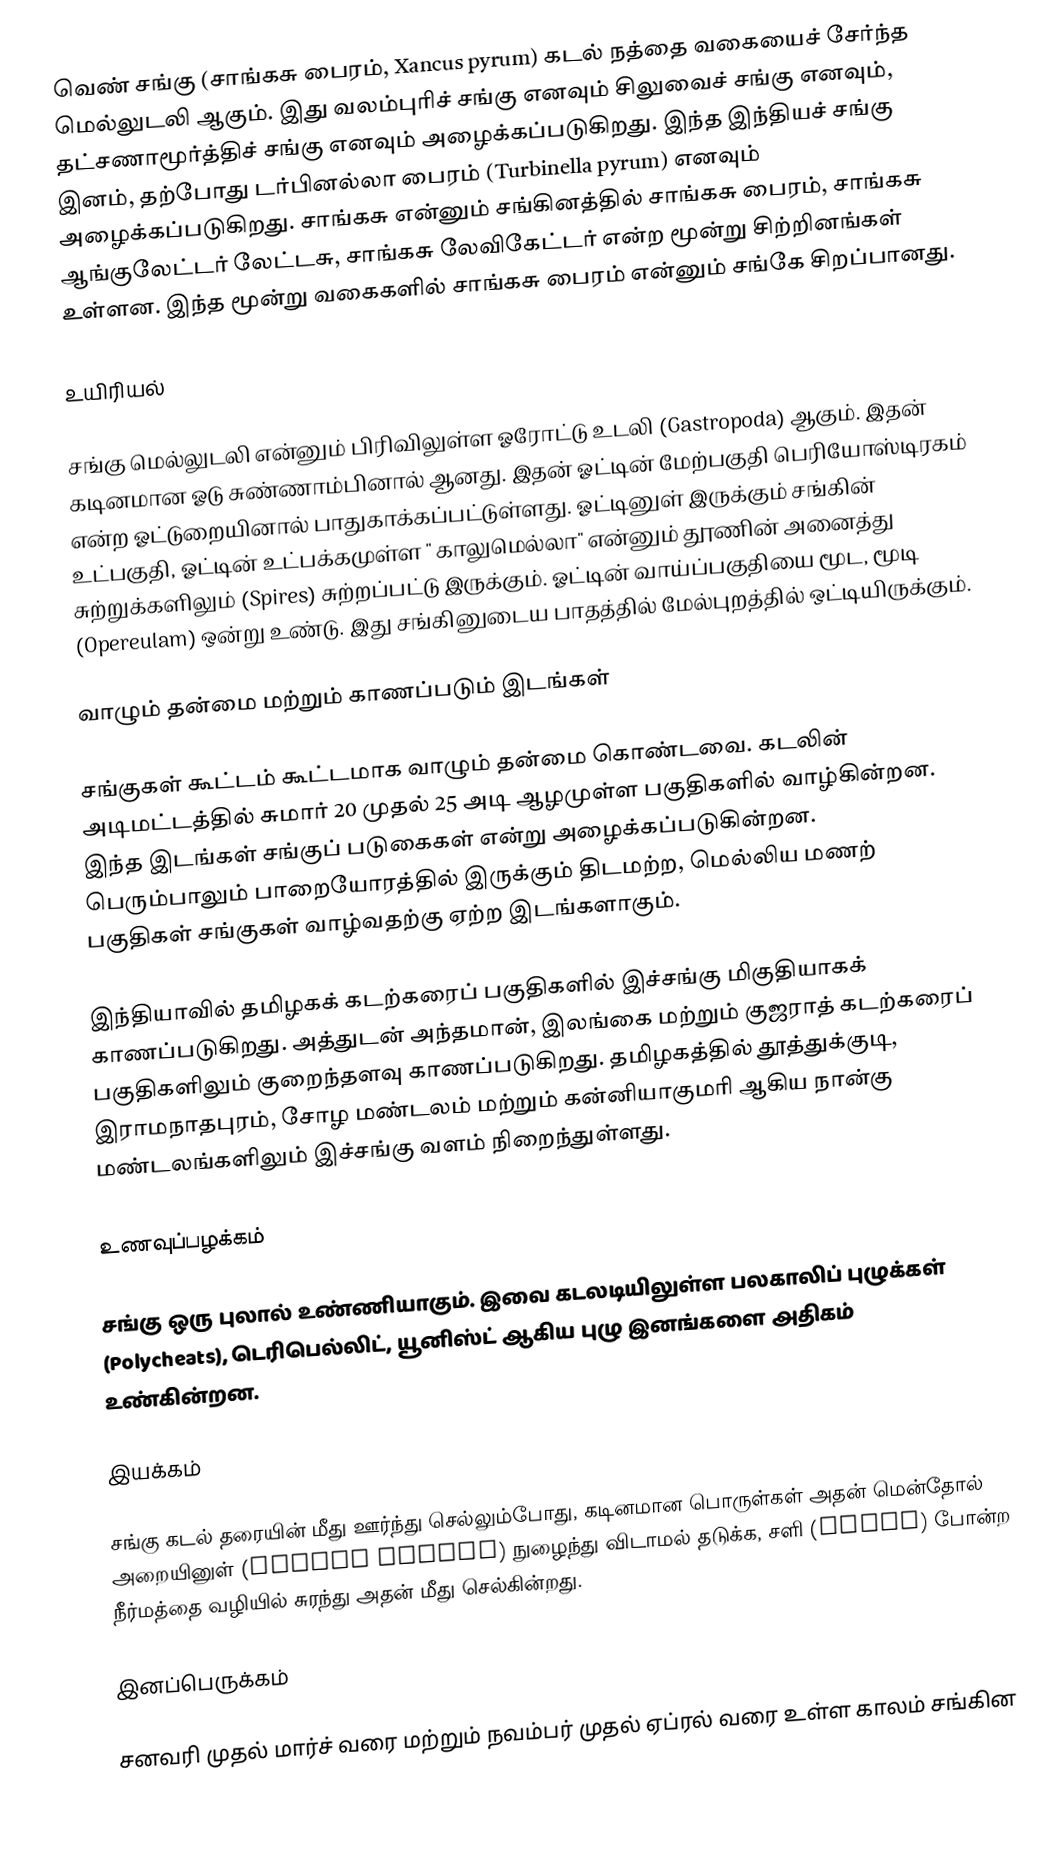
வெண் சங்கு (சாங்கசு பைரம், Xancus pyrum) கடல் நத்தை வகையைச் சேர்ந்த மெல்லுடலி ஆகும். இது வலம்புரிச் சங்கு எனவும் சிலுவைச் சங்கு எனவும், தட்சணாமூர்த்திச் சங்கு எனவும் அழைக்கப்படுகிறது. இந்த இந்தியச் சங்கு இனம், தற்போது டர்பினல்லா பைரம் (Turbinella pyrum) எனவும் அழைக்கப்படுகிறது. சாங்கசு என்னும் சங்கினத்தில் சாங்கசு பைரம், சாங்கசு ஆங்குலேட்டர் லேட்டசு, சாங்கசு லேவிகேட்டர் என்ற மூன்று சிற்றினங்கள் உள்ளன.  இந்த மூன்று வகைகளில் சாங்கசு பைரம் என்னும் சங்கே சிறப்பானது.

உயிரியல்

சங்கு மெல்லுடலி என்னும் பிரிவிலுள்ள ஓரோட்டு  உடலி (Gastropoda) ஆகும். இதன் கடினமான ஓடு சுண்ணாம்பினால் ஆனது. இதன் ஓட்டின் மேற்பகுதி பெரியோஸ்டிரகம் என்ற ஓட்டுறையினால் பாதுகாக்கப்பட்டுள்ளது. ஓட்டினுள்  இருக்கும் சங்கின் உட்பகுதி, ஓட்டின் உட்பக்கமுள்ள " காலுமெல்லா" என்னும் தூணின் அனைத்து சுற்றுக்களிலும் (Spires) சுற்றப்பட்டு இருக்கும். ஓட்டின் வாய்ப்பகுதியை மூட, மூடி (Opereulam) ஒன்று உண்டு. இது சங்கினுடைய பாதத்தில் மேல்புறத்தில் ஒட்டியிருக்கும்.

வாழும் தன்மை மற்றும் காணப்படும் இடங்கள்

சங்குகள் கூட்டம் கூட்டமாக வாழும் தன்மை கொண்டவை. கடலின் அடிமட்டத்தில் சுமார் 20 முதல் 25  அடி ஆழமுள்ள பகுதிகளில் வாழ்கின்றன. இந்த இடங்கள் சங்குப் படுகைகள் என்று அழைக்கப்படுகின்றன. பெரும்பாலும் பாறையோரத்தில் இருக்கும் திடமற்ற, மெல்லிய மணற் பகுதிகள் சங்குகள் வாழ்வதற்கு ஏற்ற இடங்களாகும்.

இந்தியாவில் தமிழகக் கடற்கரைப் பகுதிகளில் இச்சங்கு மிகுதியாகக் காணப்படுகிறது. அத்துடன் அந்தமான், இலங்கை மற்றும் குஜராத் கடற்கரைப் பகுதிகளிலும் குறைந்தளவு காணப்படுகிறது. தமிழகத்தில் தூத்துக்குடி, இராமநாதபுரம், சோழ மண்டலம் மற்றும் கன்னியாகுமரி ஆகிய நான்கு மண்டலங்களிலும் இச்சங்கு வளம் நிறைந்துள்ளது.

உணவுப்பழக்கம்

சங்கு ஒரு புலால் உண்ணியாகும். இவை கடலடியிலுள்ள பலகாலிப் புழுக்கள் (Polycheats), டெரிபெல்லிட், யூனிஸ்ட் ஆகிய புழு இனங்களை அதிகம் உண்கின்றன.

இயக்கம்

சங்கு கடல் தரையின் மீது ஊர்ந்து செல்லும்போது, கடினமான பொருள்கள் அதன் மென்தோல் அறையினுள் (Mantle Cavity) நுழைந்து விடாமல் தடுக்க, சளி (Mucus) போன்ற நீர்மத்தை வழியில் சுரந்து அதன் மீது செல்கின்றது.

இனப்பெருக்கம்

சனவரி முதல் மார்ச் வரை மற்றும் நவம்பர் முதல் ஏப்ரல் வரை உள்ள காலம் சங்கின